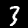
Digit: 3